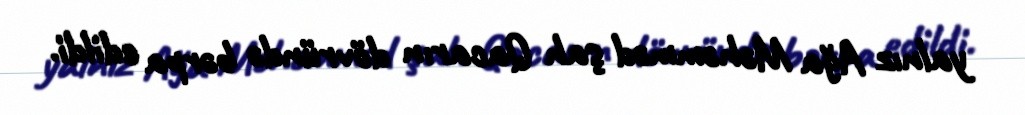
yalnız Ağa Məhəmməd şah Qacarın dövründə bərpa edildi.